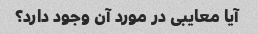
آیا معایبی در مورد آن وجود دارد؟